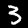
Digit: 3